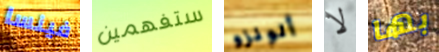
فينسا ستفهمين ألونزو لا بها